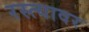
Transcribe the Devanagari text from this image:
रस्‍त्‍यावर